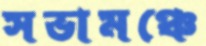
সভামঞ্চে